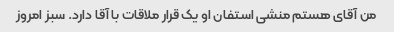
من آقای هستم منشی استفان او یک قرار ملاقات با آقا دارد. سبز امروز